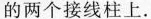
的两个接线柱上。